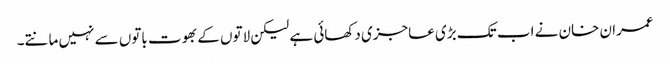
عمران خان نے اب تک بڑی عاجزی دکھائی ہے لیکن لاتوں کے بھوت باتوں سے نہیں مانتے۔